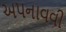
અ૫નાવવી